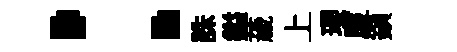
：誅鎰薉上瓔厦鎻